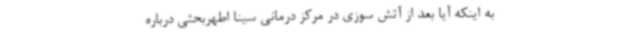
به اینکه آیا بعد از آتش سوزی در مرکز درمانی سینا اطهربحثی درباره